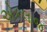
એકલાજ